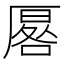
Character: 厬